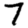
Digit: 7